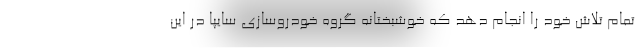
تمام تلاش خود را انجام دهد که خوشبختانه گروه خودروسازی سایپا در این